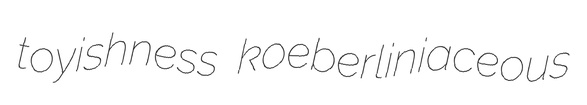
toyishness koeberliniaceous